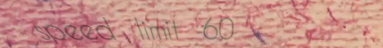
speed limit 60